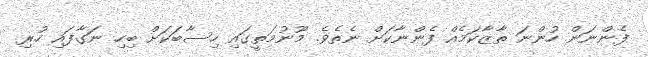
ފެންނަން ހުންނަ ތާޒާކަމެއް ފެންނާކަށް ނެތެވެ. މޫނުމަތީގައި ހިސާބަކަށް ބިހި ނަގާފައި ހުރި